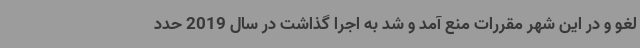
لغو و در این شهر مقررات منع آمد و شد به اجرا گذاشت در سال 2019 حدد